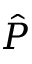
\hat { P }